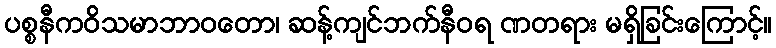
ပစ္စနီကဝိသမာဘာဝတော၊ ဆန့်ကျင်ဘက်နီဝရ ဏတရား မရှိခြင်းကြောင့်။